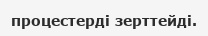
процестерді зерттейді.